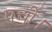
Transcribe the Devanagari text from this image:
पर्ची।